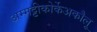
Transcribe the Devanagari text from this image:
अम्मट्टीकोर्केअकौलू